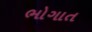
ભોગાત